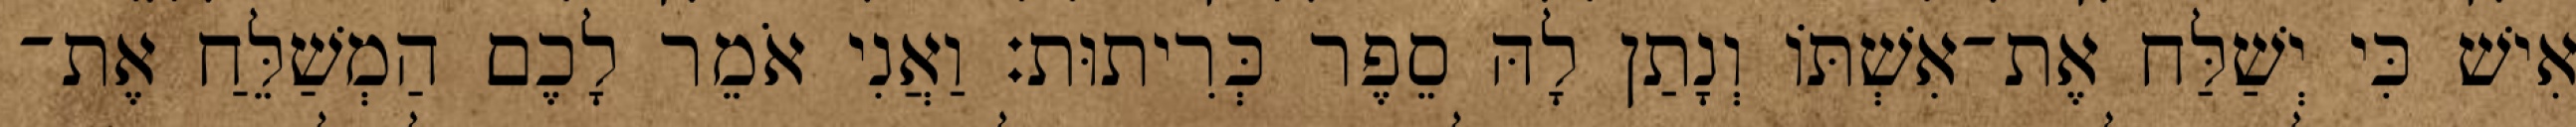
אִישׁ כִּי יְשַׁלַּח אֶת־אִשְׁתּוֹ וְנָתַן לָהּ סֵפֶר כְּרִיתוּת׃ וַאֲנִי אֹמֵר לָכֶם הַמְשַׁלֵּחַ אֶת־